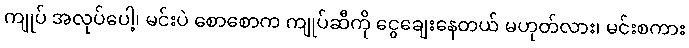
ကျုပ် အလုပ်ပေါ့၊ မင်းပဲ စောစောက ကျုပ်ဆီကို ငွေချေးနေတယ် မဟုတ်လား၊ မင်းစကား